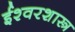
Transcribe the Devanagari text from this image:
ईश्वरशास्त्र